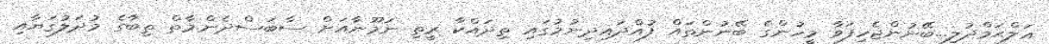
އަލްޙަމްދުލި...ބޭނުންޖެހިފަވާ މީހުންގެ ބޭނުންތައް ފުއްދައިދިނުމުގައި ތިދައްކާ ރީތި ނަމޫނާއަށް ސާބަސްދެން.މާތް ތިބާގެ މުދަލުގަޔާއި